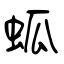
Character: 蛌